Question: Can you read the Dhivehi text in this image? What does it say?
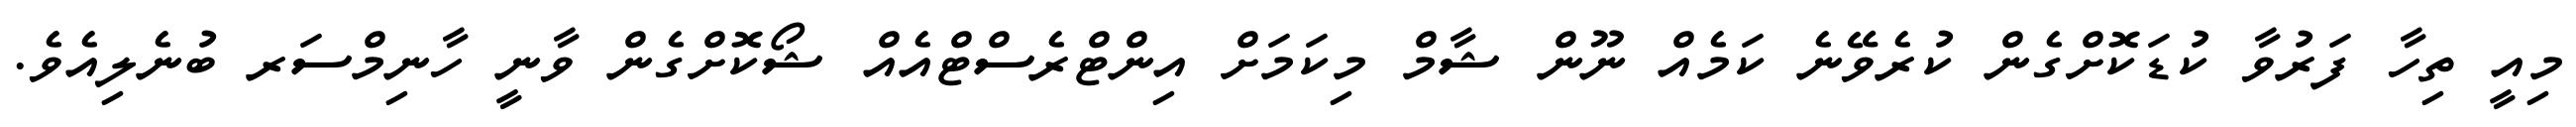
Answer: މިއީ ތިހާ ފަރުވާ ކުޑަކޮށްގެން ކުރެވޭނެ ކަމެއް ނޫން ޝާމް މިކަމަށް އިންޓްރެސްޓްއެއް ޝޯކޮށްގެން ވާނީ ހާނިމްސަރ ބުނެލިއެވެ.